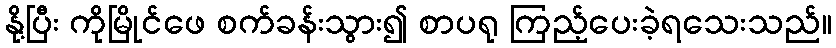
နို့ပြီး ကိုမြိုင်ဖေ စက်ခန်းသွား၍ စာပရု ကြည့်ပေးခဲ့ရသေးသည်။